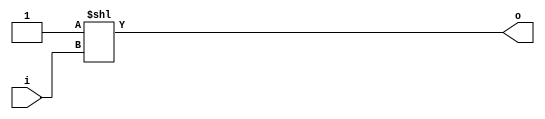
// This program was cloned from: https://github.com/NYU-MLDA/OpenABC
// License: BSD 3-Clause "New" or "Revised" License

module bsg_decode_num_out_p4
(
  i,
  o
);

  input [1:0] i;
  output [3:0] o;
  wire [3:0] o;
  assign o = { 1'b0, 1'b0, 1'b0, 1'b1 } << i;

endmodule